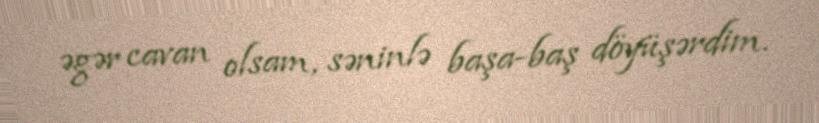
əgər cavan olsam, səninlə başa-baş döyüşərdim.